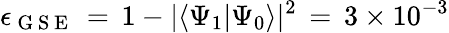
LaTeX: \epsilon_{\mathrm{~G~S~E~}}\, =\, 1-|\langle\Psi_{1}|\Psi_{0}\rangle|^{2}\, =\, 3\times 10^{-3}